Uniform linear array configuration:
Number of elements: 48
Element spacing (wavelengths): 0.5
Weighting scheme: cosine
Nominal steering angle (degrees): -60
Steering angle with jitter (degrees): -60.142
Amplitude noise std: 0.05
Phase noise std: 0.05

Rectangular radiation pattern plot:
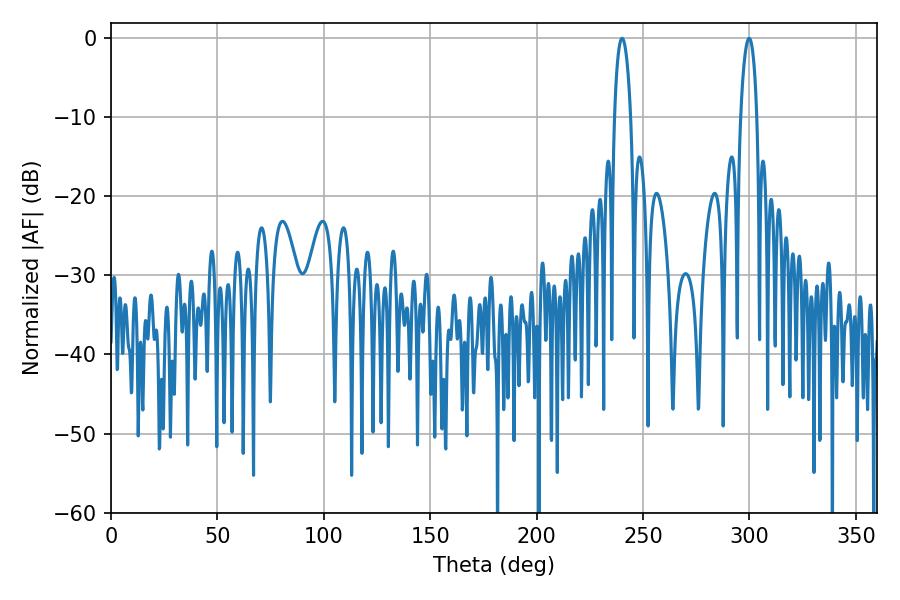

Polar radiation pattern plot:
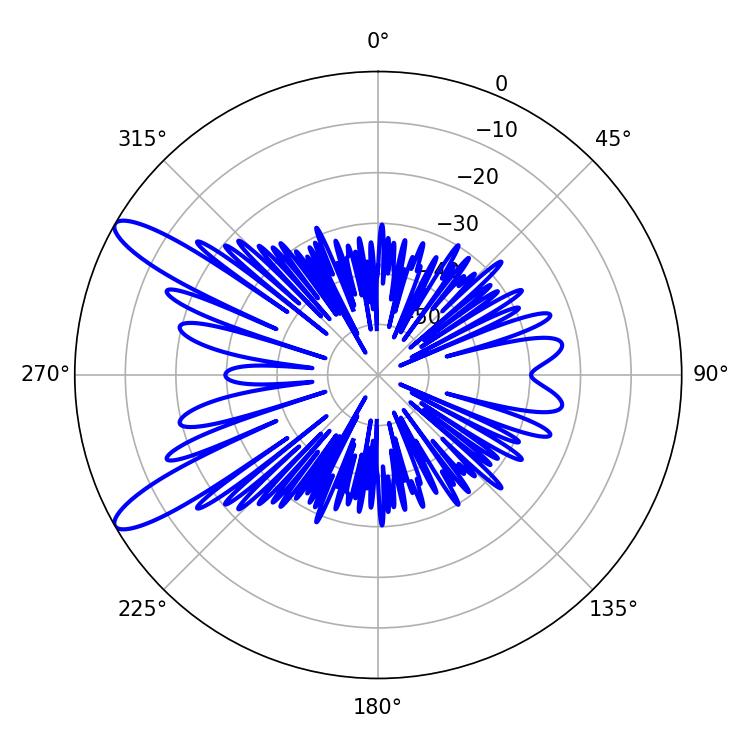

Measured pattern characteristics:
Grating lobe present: FALSE
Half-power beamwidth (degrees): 4.32
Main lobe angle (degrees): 240.12